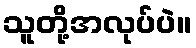
သူတို့အလုပ်ပဲ။